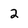
Character: 2